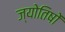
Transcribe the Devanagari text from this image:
ज्योतिषों